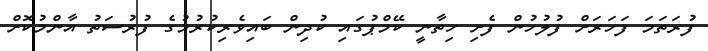
ފުރަތަމަ ފަހަރަށް ފުލުހުން ފެށި ހިތާނީ ކޭމްޕުގައި ކުދިން ބައިވެރިކުރުމުގެ ފުރުސަތު އާންމުކޮށް